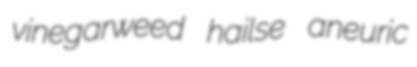
vinegarweed hailse aneuric